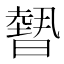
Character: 𭧳